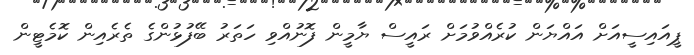
ޕީއައިސީއަށް އައްޔަން ކުރެއްވުމަށް ރައީސް ޔާމީން ފޮނުއްވި ހަތަރު ބޭފުޅުންގެ ތެރެއިން ކޮމެޓީން